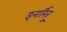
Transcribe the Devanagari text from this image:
इनार्रितु